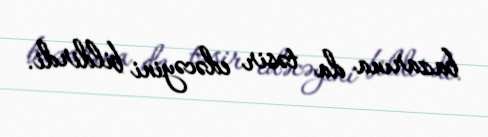
bazarına da təsir edəcəyini bildirdi.